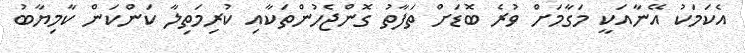
އެކަމަކު އޭނާއަކީ މަގާމަށް ވުރެ ބޮޑަށް ތަފާތު ގޮންޖެހުންތަކާއި ކުރިމަތިލާ ކަންކަން ކާމިޔާބު